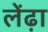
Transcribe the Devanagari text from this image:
लेंढ़ा